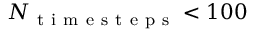
N _ { \mathrm { ~ t ~ i ~ m ~ e ~ s ~ t ~ e ~ p ~ s ~ } } < 1 0 0